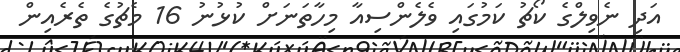
އަދި ނެވިލްގެ ކޯޗު ކަމުގައި ވެލެންސިއާ މިހާތަނަށް ކުޅުނު 16 މެޗުގެ ތެރެއިން